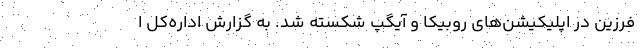
فرزین در اپلیکیشن‌های روبیکا و آیگپ شکسته شد. به گزارش اداره‌کل ا